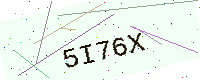
Text: 5I76X